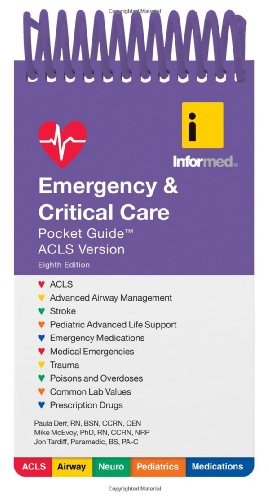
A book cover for Emergency  &  Critical Care Pocket Guide; Informed; Medical Books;